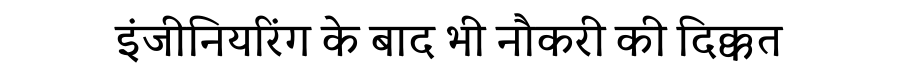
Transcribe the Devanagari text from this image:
इंजीनियरिंग के बाद भी नौकरी की दिक्कत